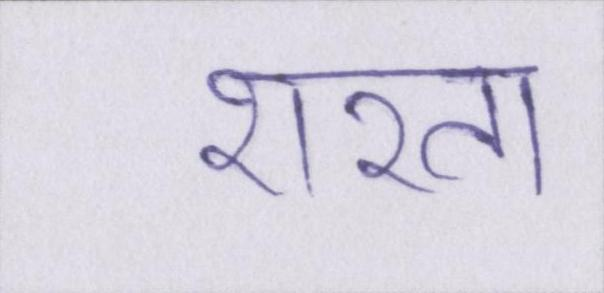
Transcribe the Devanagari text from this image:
शरत